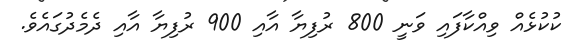
ކުކުޅެއް ވިއްކާފައި ވަނީ 800 ރުފިޔާ އާއި 900 ރުފިޔާ އާއި ދެމެދުގައެވެ.